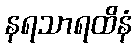
နရသာရထိနံ